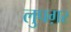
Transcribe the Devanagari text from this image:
लुपग़र